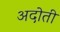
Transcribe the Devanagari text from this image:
अदोती